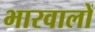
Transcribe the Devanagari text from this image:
भारवालों